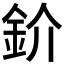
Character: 𫒌